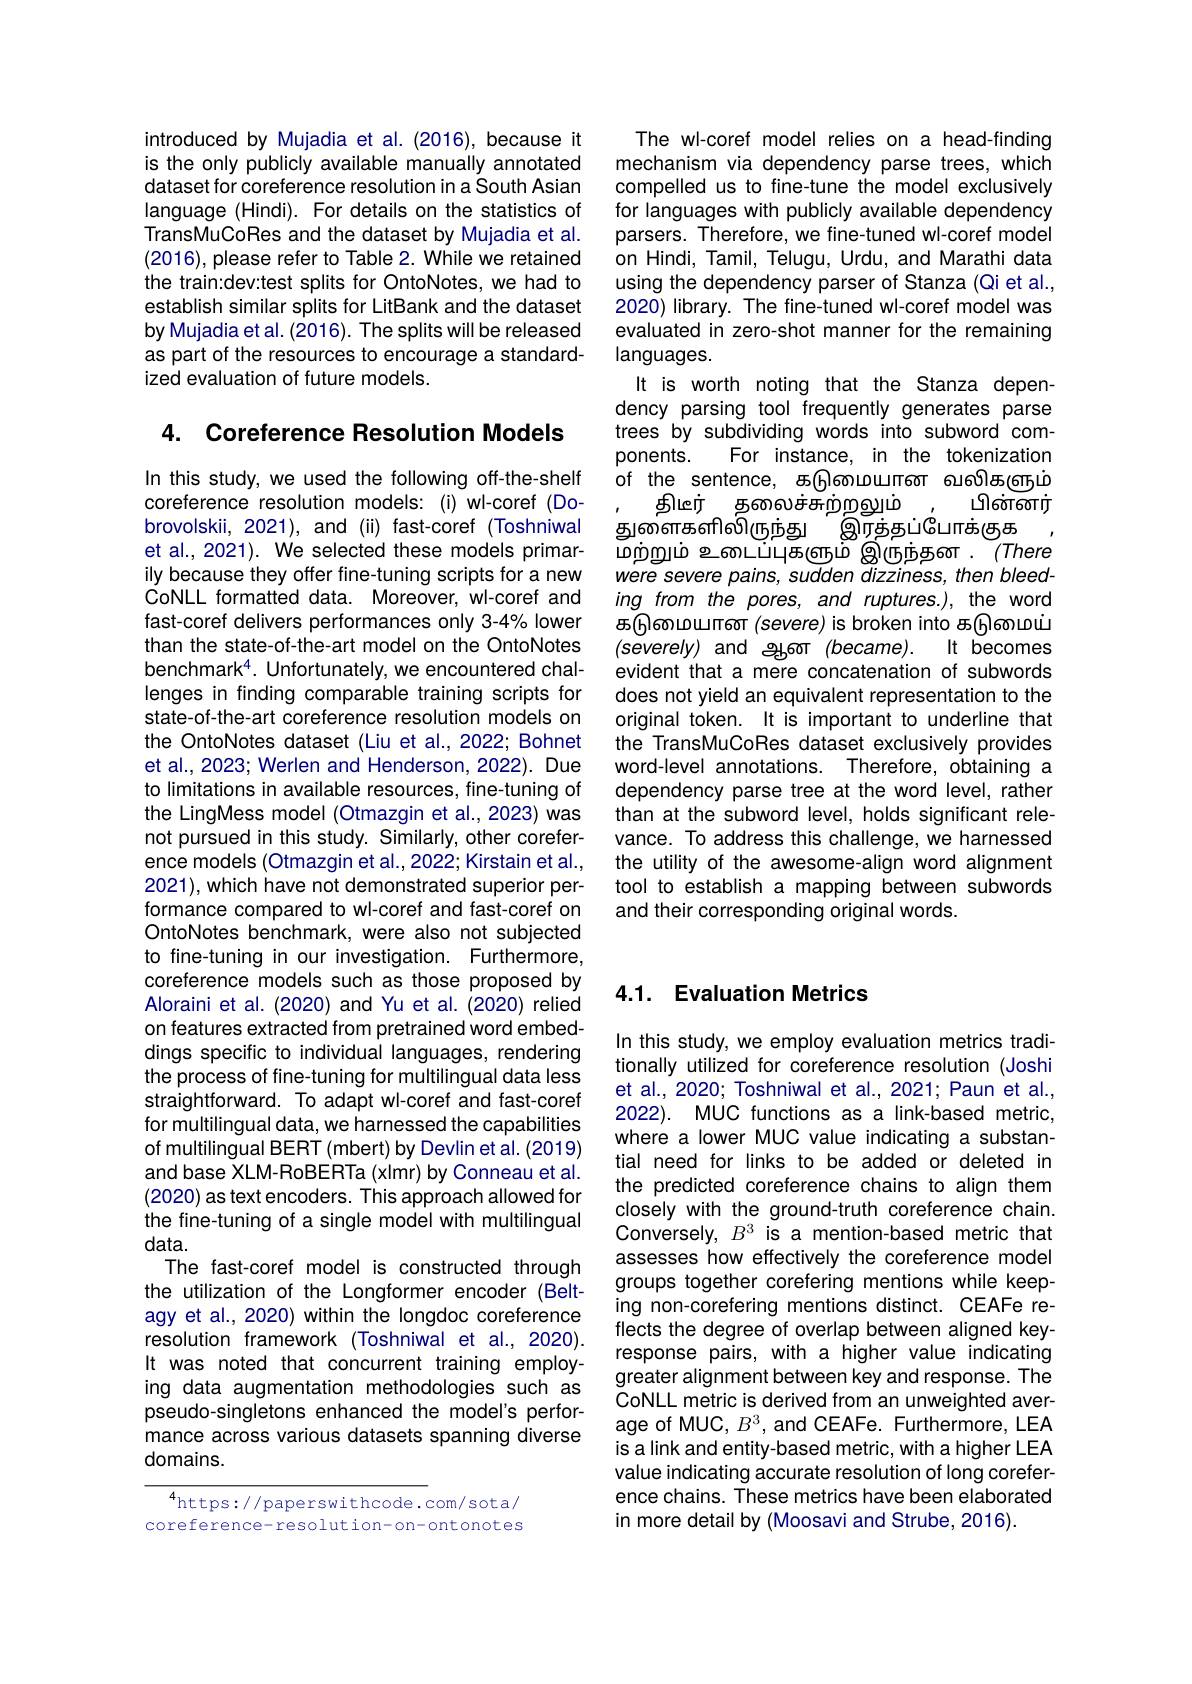
introduced by Mujadia et al. (2016), because it is the only publicly available manually annotated dataset for coreference resolution in a South Asian language (Hindi). For details on the statistics of TransMuCoRes and the dataset by Mujadia et al. (2016),please refer to Table 2. While we retained the train:dev:test splits for OntoNotes, we had to establish similar splits for LitBank and the dataset by Mujadia et al. (2016). The splits will be released as part of the resources to encourage a standardized evaluation of future models.

4. Coreference Resolution Models

In this study, we used the following off-the-shelf coreference resolution models:(i) wl-coref (Dobrovolskii, 2021), and (ii) fast-coref (Toshniwal et al., 2021). We selected these models primarily because they offer fine-tuning scripts for a new CoNLL formatted data. Moreover, wl-coref and fast-coref delivers performances only 3-4% lower than the state-of-the-art model on the OntoNotes benchmark$^4.$ Unfortunately, we encountered challenges in finding comparable training scripts for state-of-the-art coreference resolution models on the OntoNotes dataset (Liu et al., 2022; Bohnet et al., 2023; Werlen and Henderson, 2022). Due to limitations in available resources, fine-tuning of the LingMess model (Otmazgin et al., 2023) was not pursued in this study. Similarly, other coreference models (Otmazgin et al., 2022; Kirstain et al., 2021), which have not demonstrated superior performance compared to wl-coref and fast-coref on OntoNotes benchmark, were also not subjected to fine-tuning in our investigation. Furthermore, coreference models such as those proposed by Aloraini et al. (2020) and Yu et al. (2020) relied on features extracted from pretrained word embeddings specific to individual languages, rendering the process of fine-tuning for multilingual data less straightforward. To adapt wl-coref and fast-coref for multilingual data, we harnessed the capabilities of multilingual BERT (mbert) by Devlin et al. (2019) and base XLM-RoBERTa (xlmr) by Conneau et al. (2020) as text encoders. This approach allowed for the fine-tuning of a single model with multilingual data.
The fast-coref model is constructed through the utilization of the Longformer encoder (Beltagy et al., 2020) within the longdoc coreference resolution framework (Toshniwal et al., 2020). It was noted that concurrent training employing data augmentation methodologies such as pseudo-singletons enhanced the model's performance across various datasets spanning diverse domains.

$^{4}$https://paperswithcode.com/sota/ coreference- resolution-on-ontonotes

The wl-coref model relies on a head-finding mechanism via dependency parse trees, which compelled us to fine-tune the model exclusively for languages with publicly available dependency parsers. Therefore, we fine-tuned wl-coref model on Hindi, Tamil, Telugu, Urdu, and Marathi data using the dependency parser of Stanza (Qi et al., 2020) library. The fine-tuned wl-coref model was evaluated in zero-shot manner for the remaining languages.
It is worth noting that the Stanza dependency parsing tool frequently generates parse trees by subdividing words into subword com-
For instance, in the tokenization
ponents.
of the sentence, கடுமையான வலிகளும்
திமூர் தறைச்சுற்றலும்
பின்னர்
துண்ளகளில்ருந்து
இர்த்தப்போக்குக
மற்றும் உடைப்புகளும் இருந்தன . $(There$ were severe pains, sudden dizziness, then bleeding from the pores, and ruptures.), the word கடுமையான (severe) is broken into கடுமைய் $(severely)$ and ஆன $(became).$ It becomes evident that a mere concatenation of subwords does not yield an equivalent representation to the original token. It is important to underline that the TransMuCoRes dataset exclusively provides word-level annotations. Therefore, obtaining a dependency parse tree at the word level, rather than at the subword level, holds significant relevance. To address this challenge, we harnessed the utility of the awesome-align word alignment tool to establish a mapping between subwords and their corresponding original words.

## 4.1. Evaluation Metrics

In this study, we employ evaluation metrics traditionally utilized for coreference resolution (Joshi et al., 2020; Toshniwal et al., 2021; Paun et al., 2022). MUC functions as a link-based metric, where a lower MUC value indicating a substantial need for links to be added or deleted in the predicted coreference chains to align them closely with the ground-truth coreference chain. Conversely, $B^3$ is a mention-based metric that assesses how effectively the coreference model groups together corefering mentions while keeping non-corefering mentions distinct. CEAFe reflects the degree of overlap between aligned keyresponse pairs, with a higher value indicating greater alignment between key and response. The CoNLL metric is derived from an unweighted average of MUC, $B^3$, and CEAFe. Furthermore, LEA is a link and entity-based metric, with a higher LEA value indicating accurate resolution of long coreference chains. These metrics have been elaborated in more detail by (Moosavi and Strube, 2016).